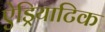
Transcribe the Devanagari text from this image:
ऐड्रियाटिक